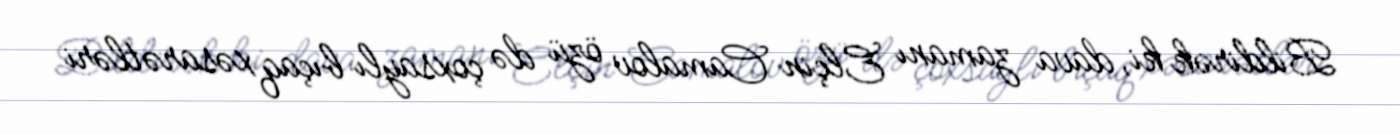
Bildirək ki, dava zamanı Elçin Camalov özü də çoxsaylı bıçaq xəsarətləri